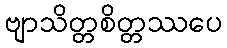
ဗျာသိတ္တစိတ္တဿပေ